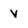
Character: v